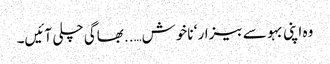
وہ اپنی بہو سے بیزار ‘ ناخوش…..بھاگی چلی آئیں۔